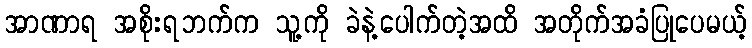
အာဏာရ အစိုးရဘက်က သူ့ကို ခဲနဲ့ပေါက်တဲ့အထိ အတိုက်အခံပြုပေမယ့်